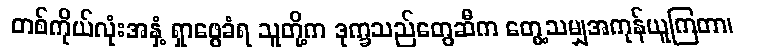
တစ်ကိုယ်လုံးအနှံ့ ရှာဖွေခံရ သူတို့က ဒုက္ခသည်တွေဆီက တွေ့သမျှအကုန်ယူကြတာ၊